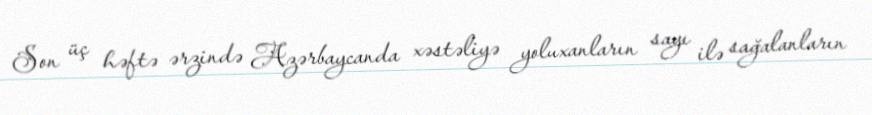
Son üç həftə ərzində Azərbaycanda xəstəliyə yoluxanların sayı ilə sağalanların